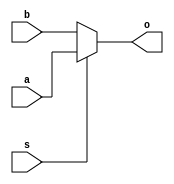
`timescale 1ns / 1ps

module MUX(a,b,s,o);
    input [63:0] a,b;
    input s;
    output [63:0] o;
    
    assign o = (s)?a:b; // if s = 1, then a is selected. Otherwise b is selected 
    
endmodule